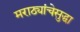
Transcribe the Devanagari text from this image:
मराठ्यांचेसुद्धा